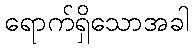
ရောက်ရှိသောအခါ